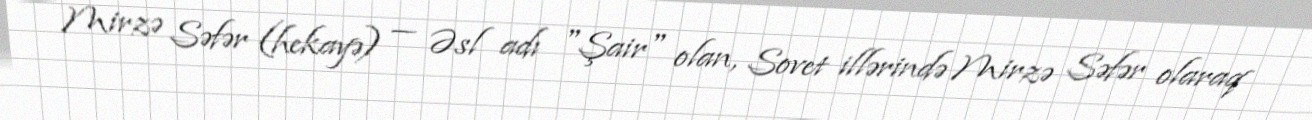
Mirzə Səfər (hekayə) — Əsl adı "Şair" olan, Sovet illərində Mirzə Səfər olaraq